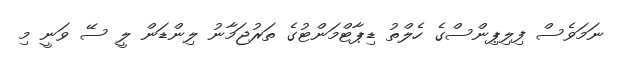
ނަމަވެސް ފިލިޕިންސްގެ ހެލްތު ޑިޕާޓްމަންޓުގެ ތަރުޖަމާނު ލިންޑަން ލީ ސޭ ވަނީ މި